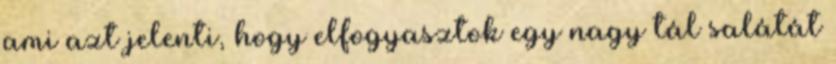
ami azt jelenti, hogy elfogyasztok egy nagy tál salátát